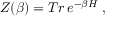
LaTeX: Z ( \beta ) = T r \, e ^ { - \beta H } \; ,